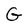
Character: G